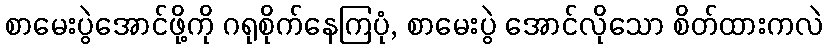
စာမေးပွဲအောင်ဖို့ကို ဂရုစိုက်နေကြပုံ, စာမေးပွဲ အောင်လိုသော စိတ်ထားကလဲ